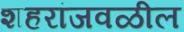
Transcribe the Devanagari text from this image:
शहरांजवळील